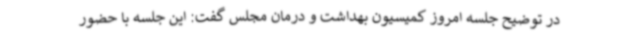
در توضیح جلسه امروز کمیسیون بهداشت و درمان مجلس گفت: این جلسه با حضور